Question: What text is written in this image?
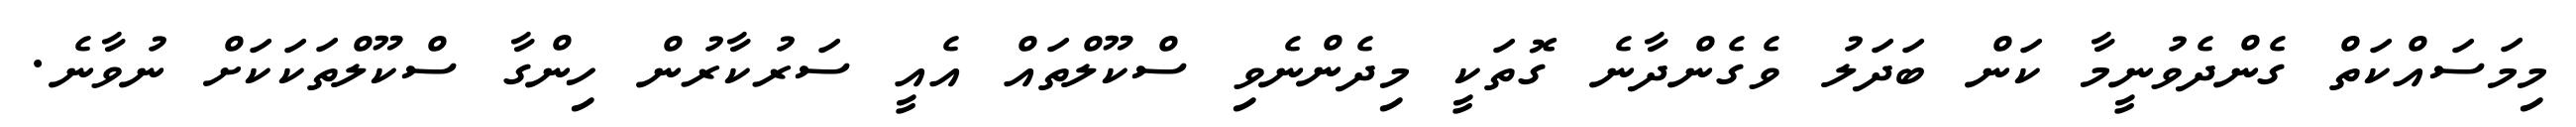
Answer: މިމަސައްކަތް ގެންދެވުނީމާ ކަން ބަދަލު ވެގެންދާނެ ގޮތަކީ މިދެންނެވި ސްކޫލްތައް އެއީ ސަރުކާރުން ހިންގާ ސްކޫލްތަކަކަށް ނުވާނެ.